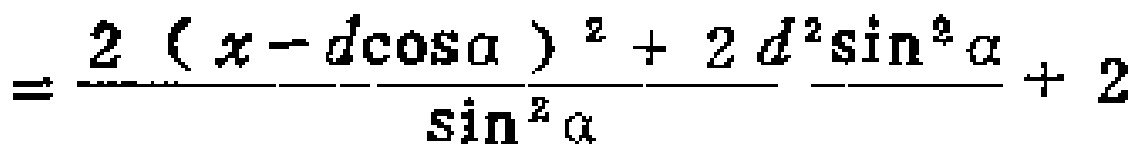
$=\frac{2(x - d\cos\alpha)^2 + 2d^{2}\sin^{2}\alpha}{\sin^{2}\alpha}+2$